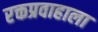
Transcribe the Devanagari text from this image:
रक्तप्रवाहाला